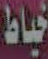
خياط